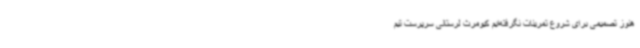
هنوز تصمیمی برای شروع تمرینات نگرفته‌ایم کیومرث لرستانی سرپرست تیم